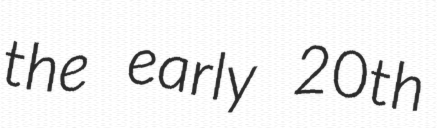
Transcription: the early 20th